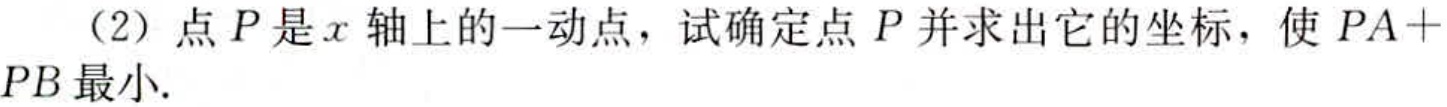
(2) 点\(P\)是\(x\)轴上的一动点，试确定点\(P\)并求出它的坐标，使 \(PA + PB\)最小.